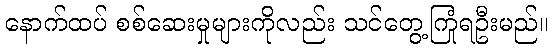
နောက်ထပ် စစ်ဆေးမှုများကိုလည်း သင်တွေ့ကြုံရဦးမည်။